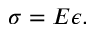
\sigma = E \epsilon .